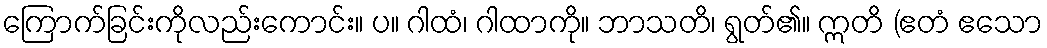
ကြောက်ခြင်းကိုလည်းကောင်း။ ပ။ ဂါထံ၊ ဂါထာကို။ ဘာသတိ၊ ရွတ်၏။ ဣတိ (ဧတံ ဧသော